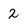
Character: 2